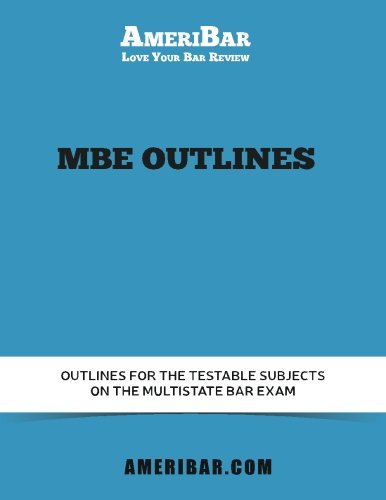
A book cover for MBE Outlines; AmeriBar Bar Review; Test Preparation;